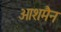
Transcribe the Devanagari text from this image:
ओशमैन